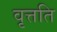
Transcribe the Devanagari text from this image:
वृत्तति